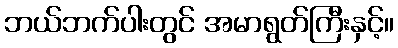
ဘယ်ဘက်ပါးတွင် အမာရွတ်ကြီးနှင့်။